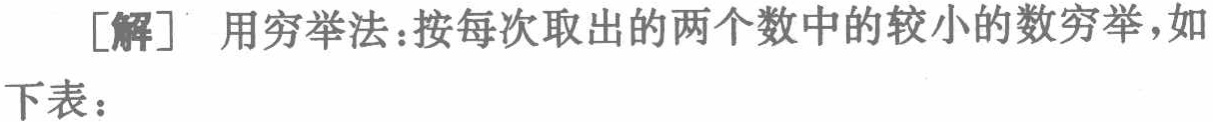
[解] 用穷举法：按每次取出的两个数中的较小的数穷举，如下表：